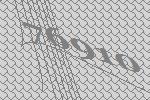
76910